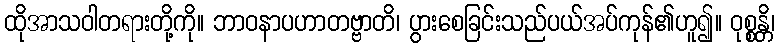
ထိုအာသဝါတရားတို့ကို။ ဘာဝနာပဟာတဗ္ဗာတိ၊ ပွားစေခြင်းသည်ပယ်အပ်ကုန်၏ဟူ၍။ ဝုစ္စန္တိ၊